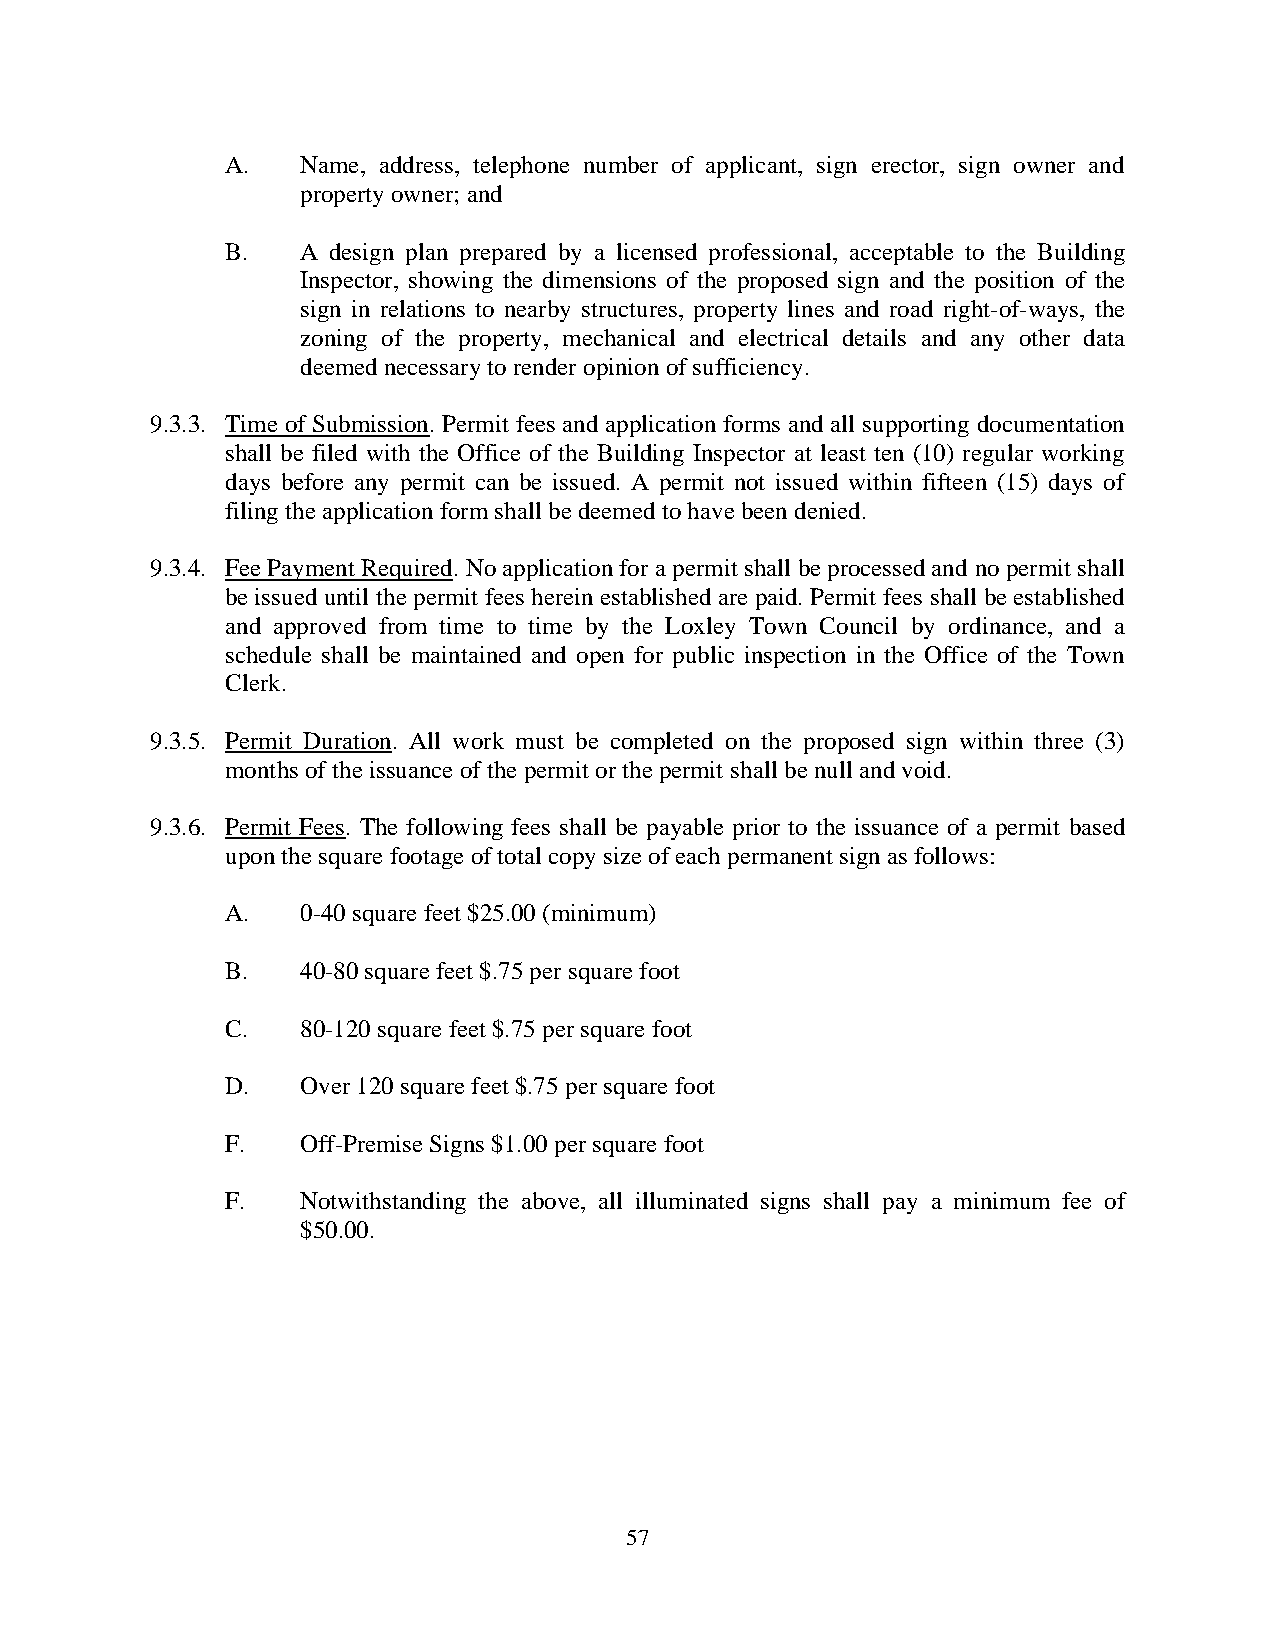
A.   Name, address, telephone number of applicant, sign erector, sign owner and
 property owner; and
 B.   A design plan prepared by a licensed professional, acceptable to the Building
 Inspector, showing the dimensions of the proposed sign and the position of the
 sign in relations to nearby structures, property lines and road right-of-ways, the
 zoning of the property, mechanical and electrical details and any other data
 deemed necessary to render opinion of sufficiency.
 9.3.3. Time of Submission. Permit fees and application forms and all supporting documentation
 shall be filed with the Office of the Building Inspector at least ten (10) regular working
 days before any permit can be issued. A permit not issued within fifteen (15) days of
 filing the application form shall be deemed to have been denied.
 9.3.4. Fee Payment Required. No application for a permit shall be processed and no permit shall
 be issued until the permit fees herein established are paid. Permit fees shall be established
 and approved from time to time by the Loxley Town Council by ordinance, and a
 schedule shall be maintained and open for public inspection in the Office of the Town
 Clerk.
 9.3.5. Permit Duration. All work must be completed on the proposed sign within three (3)
 months of the issuance of the permit or the permit shall be null and void.
 9.3.6. Permit Fees. The following fees shall be payable prior to the issuance of a permit based
 upon the square footage of total copy size of each permanent sign as follows:
 A.   0-40 square feet $25.00 (minimum)
 B.   40-80 square feet $.75 per square foot
 C.   80-120 square feet $.75 per square foot
 D.   Over 120 square feet $.75 per square foot
 F.   Off-Premise Signs $1.00 per square foot
 F.   Notwithstanding the above, all illuminated signs shall pay a minimum fee of
 $50.00.
 57